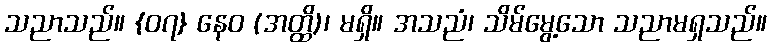
သညာသည်။ {၀၇} နေဝ (အတ္ထိ)၊ မရှိ။ အသညံ၊ သိမ်မွေ့သော သညာမရှသည်။